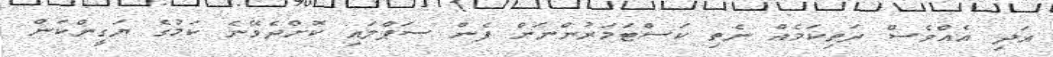
އަދި އެއްވެސް ދަތިކަމެއް ނެތި ކަސްޓަމަރުންނަށް ފެން ސަޕްލައި ކޮށްދެވޭނެ ކަމުގެ ޔަގީންކަން